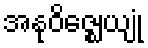
အနုဝိဇ္ဈေယျုံ